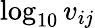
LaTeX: \log_{10}v_{ij}